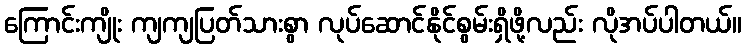
ကြောင်းကျိုး ကျကျပြတ်သားစွာ လုပ်ဆောင်နိုင်စွမ်းရှိဖို့လည်း လိုအပ်ပါတယ်။